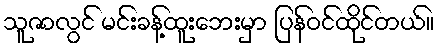
သူဇာလွင် မင်းခန့်ထူးဘေးမှာ ပြန်ဝင်ထိုင်တယ်။